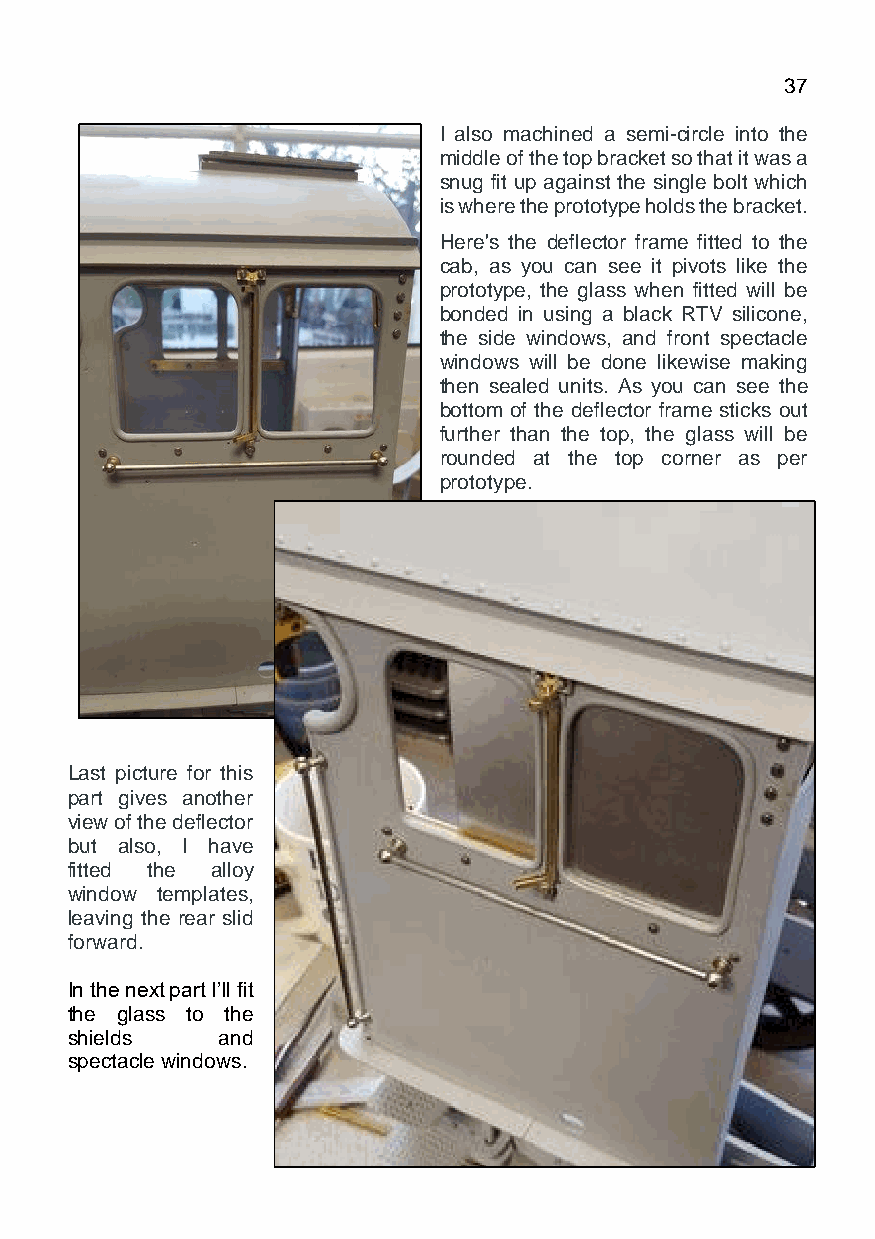
March 2021                                  Page 37
 I also machined a semi-circle into the
 middle of the top bracket so that it was a
 snug fit up against the single bolt which
 is where the prototype holds the bracket.
 Here's the deflector frame fitted to the
 cab, as you can see it pivots like the
 prototype, the glass when fitted will be
 bonded in using a black RTV silicone,
 the side windows, and front spectacle
 windows will be done likewise making
 then sealed units. As you can see the
 bottom of the deflector frame sticks out
 further than the top, the glass will be
 rounded at the top corner as per
 prototype.
 Last picture for this
 part gives another
 view of the deflector
 but also, I have
 fitted the alloy
 window templates,
 leaving the rear slid
 forward.
 In the next part I’ll fit
 the glass to the
 shields   and
 spectacle windows.